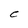
Character: C